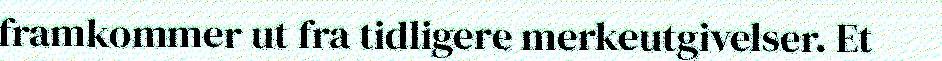
framkommer ut fra tidligere merkeutgivelser. Et